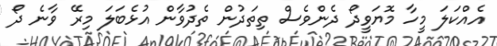
އެއްކަލަ މީހާ މޮޔަވީދޯ ދެންވެސް ތިތަދުން ތެދުވާން އުޅެބަލަ މިރޭ ވާނެ ދޯ